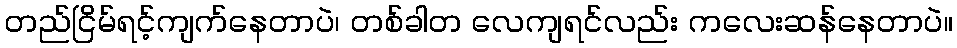
တည်ငြိမ်ရင့်ကျက်နေတာပဲ၊ တစ်ခါတ လေကျရင်လည်း ကလေးဆန်နေတာပဲ။